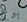
بونج